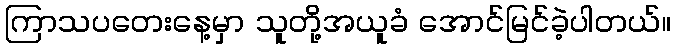
ကြာသပတေးနေ့မှာ သူတို့အယူခံ အောင်မြင်ခဲ့ပါတယ်။